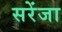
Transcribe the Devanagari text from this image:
सरेंजा